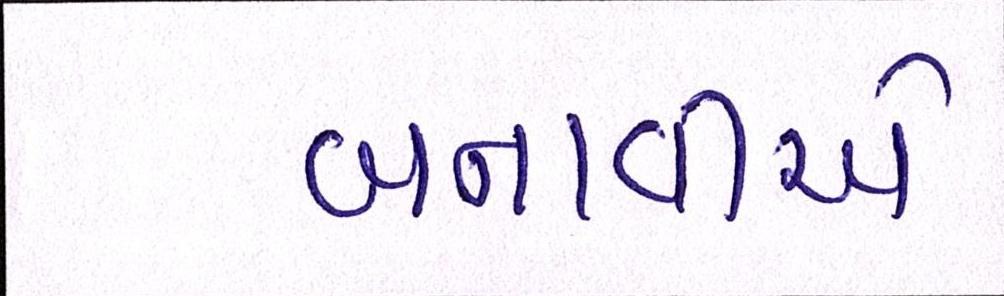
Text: બનાવીએ